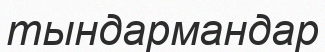
тындармандар